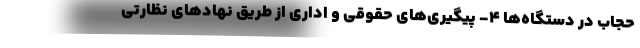
حجاب در دستگاه‌ها ۴- پیگیری‌های حقوقی و اداری از طریق نهادهای نظارتی